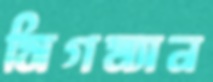
সিগম্যান